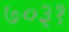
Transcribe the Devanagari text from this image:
७०३१